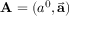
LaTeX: \mathbf { A } = ( a ^ { 0 } , { \vec { \mathbf { a } } } )